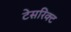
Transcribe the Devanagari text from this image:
टेसरिक्ट